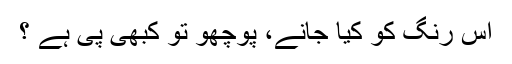
اس رنگ کو کیا جانے، پوچھو تو کبھی پی ہے ؟